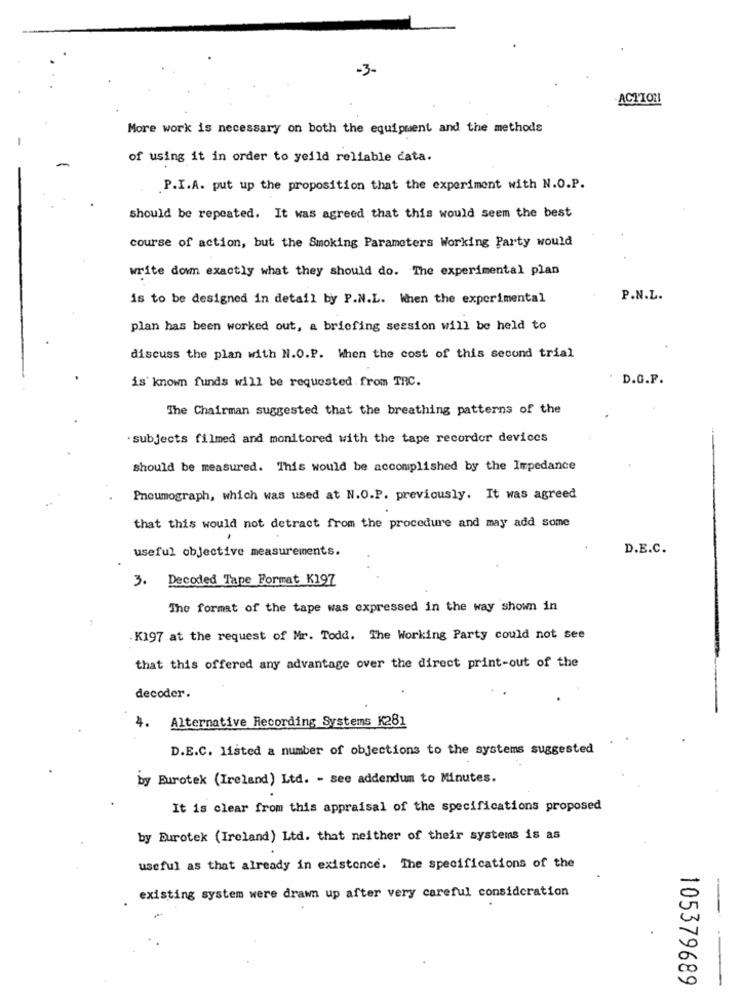
-3-
ACTION
More work is necessary on both the equipment and the methods
of using it in order to yeild reliable cata.
P.I.A. put up the proposition that the experiment with N.O.P.
should be repeated. It was agreed that this would seem the best
course of action, but the Smoking Parameters Working Party would
write do exactly what they should do. The experimental plan
is to be designed in detail by P.N.L. When the experimental
P.N.L.
plan has been worked out, a briefing session will be held to
discuss the plan with N.O.P. When the cost of this second trial
is known funds will be requested from TRC.
D.G.F.
The Chairman suggested that the breathing patterns of the
subjects filmed and monitored with the tape recorder devices
should be measured. This would be accomplished by the Impedance
Pneumograph, which was used at N.O.P. previously. It was agreed
that this would not detract from the procedure and may add some
useful objective measurements.
D.E.C.
3. Decoded Tape Format K197
The format of the tape was expressed in the way shown in
. K197 at the request of Mr. Todd. The Working Party could not see
that this offered any advantage over the direct print-out of the
decoder.
4. Alternative Recording Systems K281
D.E.C. listed a number of objections to the systems suggested
by Eurotek (Ireland) Ltd. - see addendum to Minutes.
It is clear from this appraisal of the specifications proposed
by Eurotek (Ireland) Ltd. that neither of their systems is as
useful as that already in existence. The specifications of the
existing system were drawn up after very careful consideration
105379689